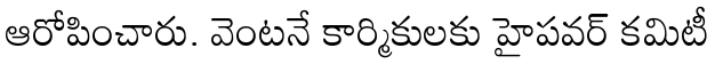
ఆరోపించారు. వెంటనే కార్మికులకు హైపవర్ కమిటీ